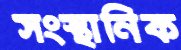
সংস্থানিক